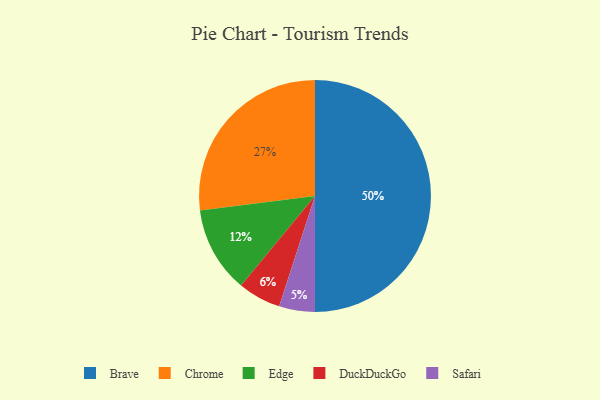
{"axis": {"x": "Category", "y": "Percentage"}, "legend": ["Brave", "Chrome", "DuckDuckGo", "Edge", "Safari"], "data": [{"x": "Edge", "y": 12, "type": "Edge"}, {"x": "Chrome", "y": 27, "type": "Chrome"}, {"x": "DuckDuckGo", "y": 6, "type": "DuckDuckGo"}, {"x": "Brave", "y": 50, "type": "Brave"}, {"x": "Safari", "y": 5, "type": "Safari"}]}